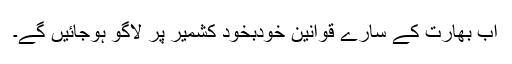
اب بھارت کے سارے قوانین خودبخود کشمیر پر لاگو ہوجائیں گے۔